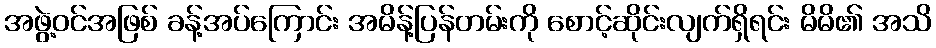
အဖွဲ့ဝင်အဖြစ် ခန့်အပ်ကြောင်း အမိန့်ပြန်တမ်းကို စောင့်ဆိုင်းလျက်ရှိရင်း မိမိ၏ အသိ